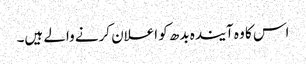
اس کا وہ آیندہ بدھ کو اعلان کرنے والے ہیں۔